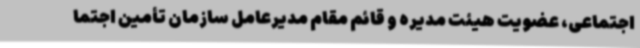
اجتماعی، عضویت هیئت مدیره و قائم مقام مدیرعامل سازمان تأمین اجتما